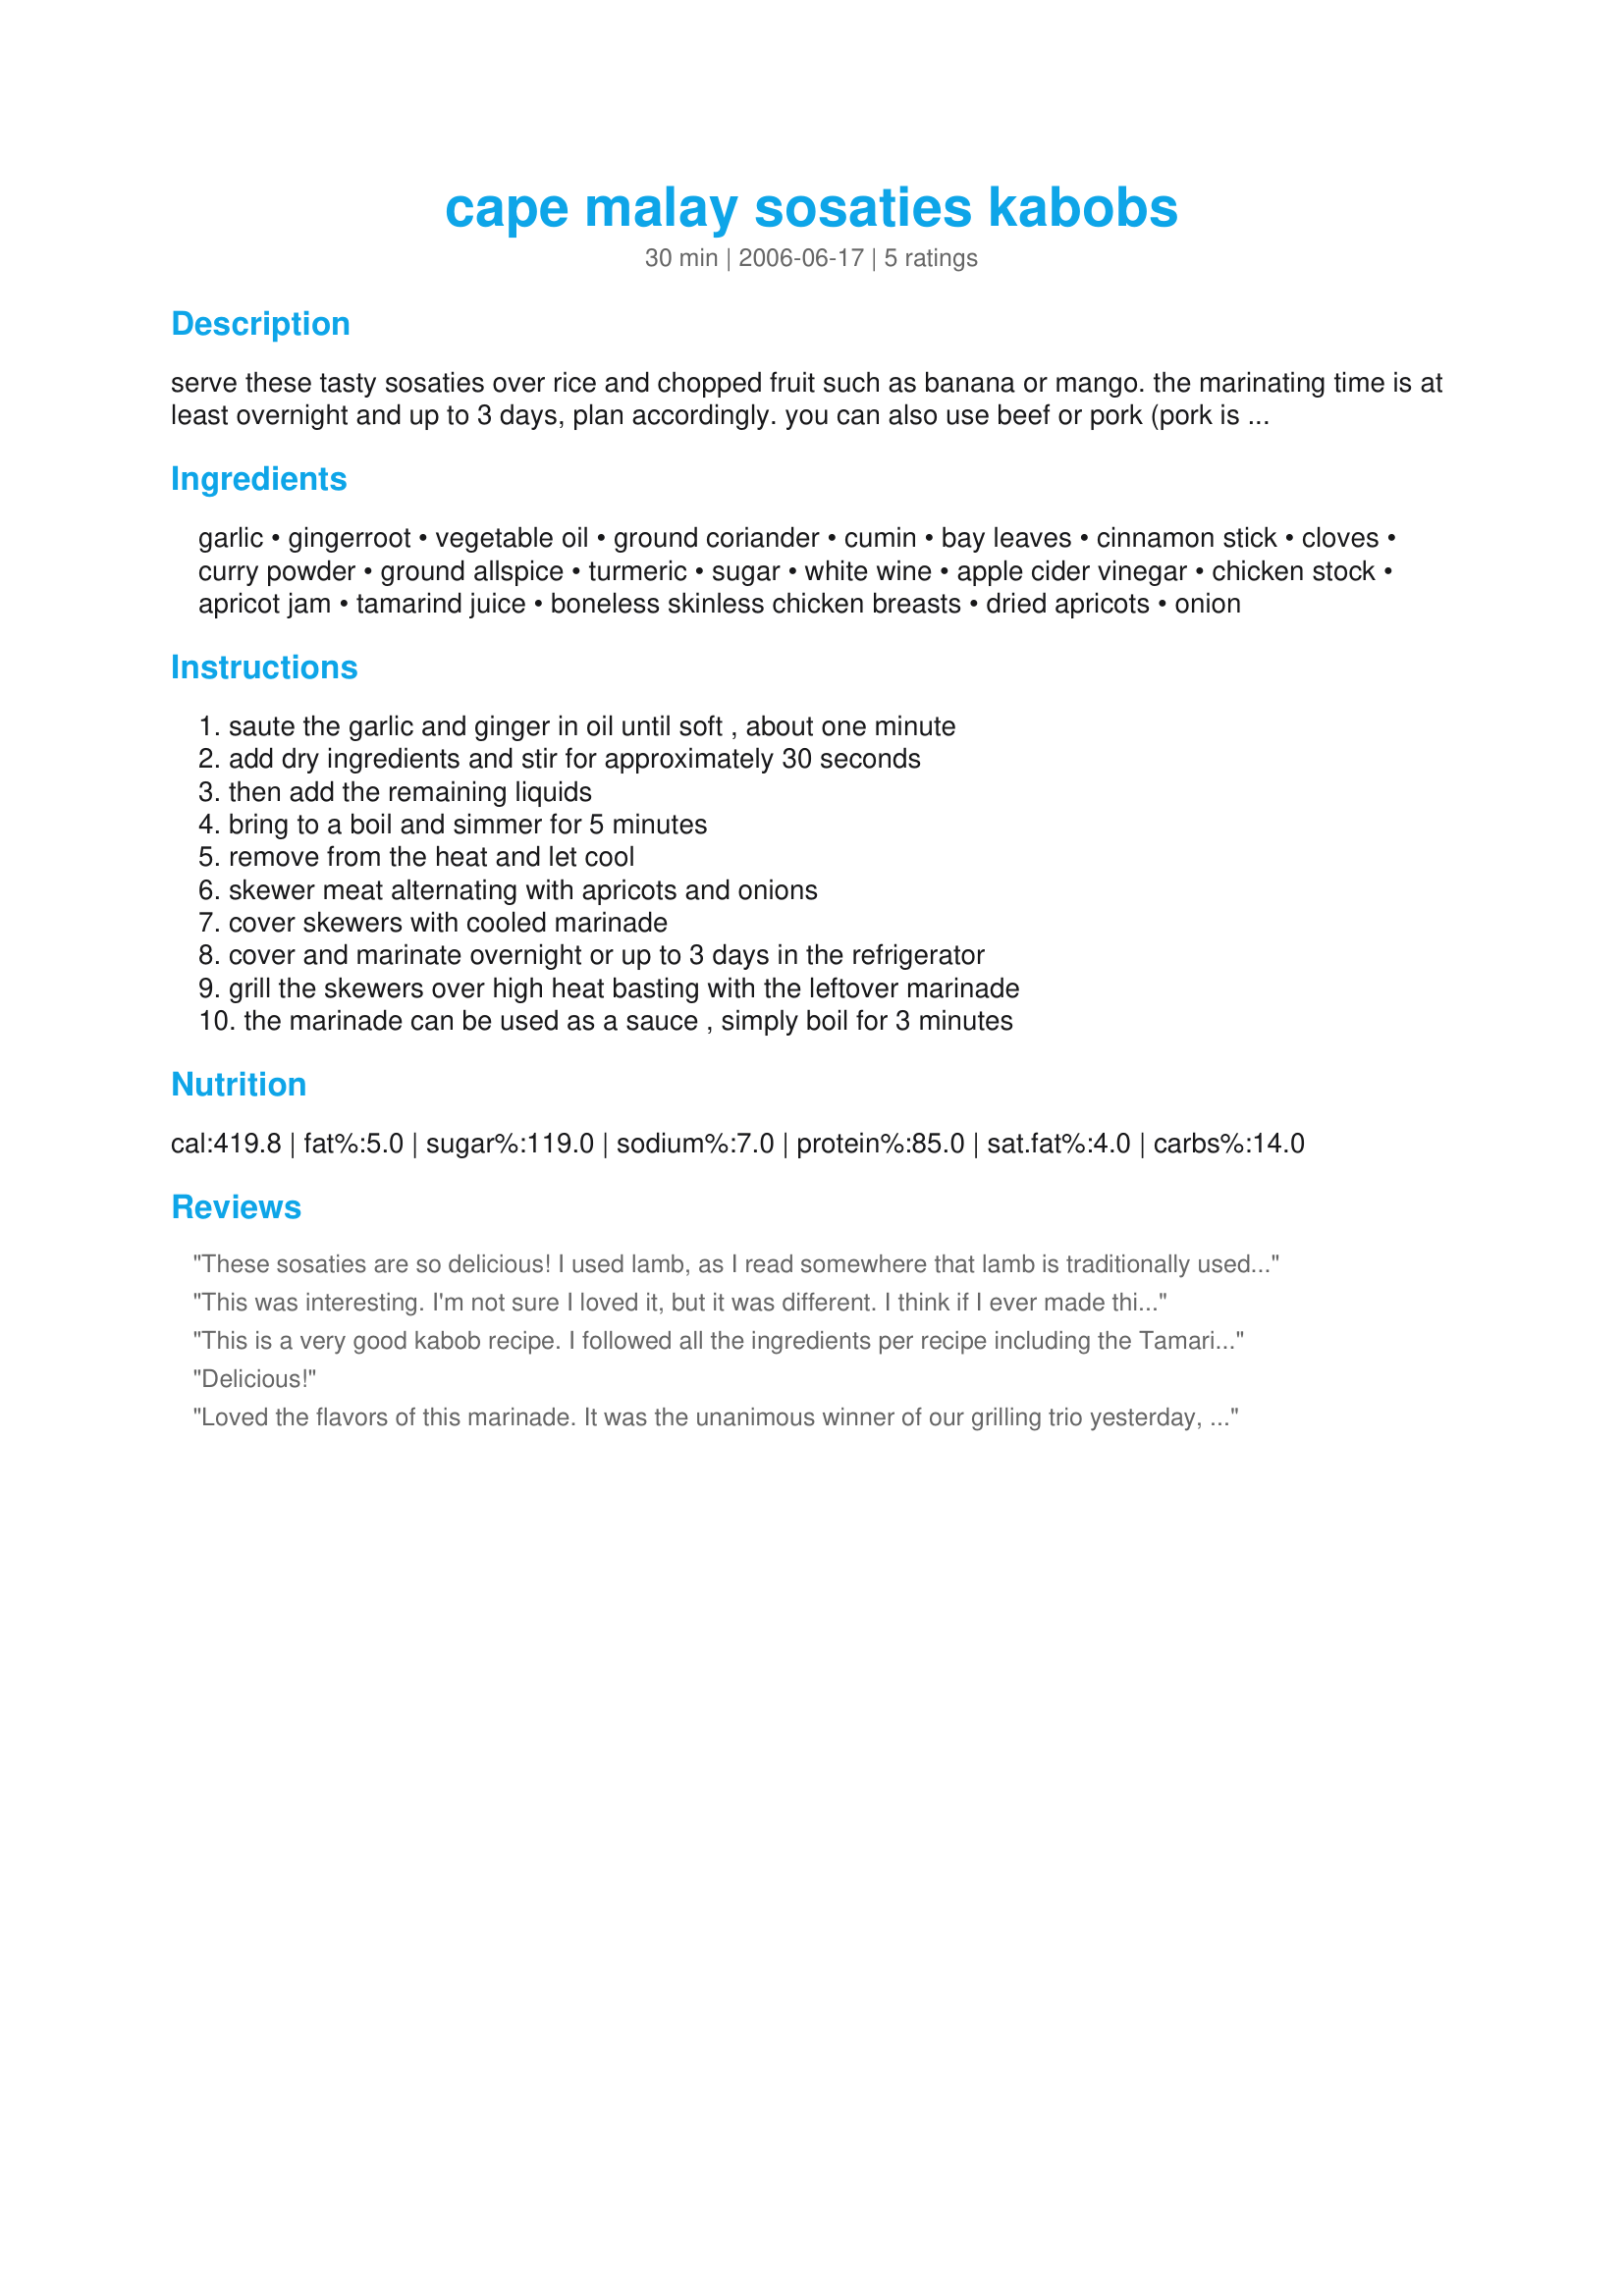
cape malay sosaties kabobs
Preparation time: 30 minutes

serve these tasty sosaties over rice and chopped fruit such as banana or mango. the marinating time is at least overnight and up to 3 days, plan accordingly. you can also use beef or pork (pork is totally non-traditional) for this recipe. you can use the lemon water as a substitute, however tamarind is traditionally used in this recipe to add a sour note to balance the sweet flavour. the easiest way to buy tamarind is in cans (goya) in the mexican food section. but it is also sold in packets as a pulp, it looks like pulped dates. you will not be using the pulp, but water made from the pulp. soak about 100 grams of pulp in water for 10-20 minutes. squeeze the tamarind pulp with your hand to squeeze out the sour juices. use the water and keep the pulp in the fridge to reuse. you can reuse the pulp several times until it loses it sourness.

Ingredients:
garlic, gingerroot, vegetable oil, ground coriander, cumin, bay leaves, cinnamon stick, cloves, curry powder, ground allspice, turmeric, sugar, white wine, apple cider vinegar, chicken stock, apricot jam, tamarind juice, boneless skinless chicken breasts, dried apricots, onion

Steps:
saute the garlic and ginger in oil until soft , about one minute, add dry ingredients and stir for approximately 30 seconds, then add the remaining liquids, bring to a boil and simmer for 5 minutes, remove from the heat and let cool, skewer meat alternating with apricots and onions, cover skewers with cooled marinade, cover and marinate overnight or up to 3 days in the refrigerator, grill the skewers over high heat basting with the leftover marinade, the marinade can be used as a sauce , simply boil for 3 minutes

Reviews:
These sosaties are so delicious! I used lamb, as I read somewhere that lamb is traditionally used. I had tamarind concentrate at home, which I thinned with a little bit of water (I was afraid it may be too sour otherwise). I marinated them in the morning and we barbecued them in the evening. So yummy! I don't even like lamb, but I certainly enjoyed these South African Kabobs! Thank you ncmysteryshopper for a keeper!
This was interesting. I'm not sure I loved it, but it was different. I think if I ever made this again, I would use fresh apricots. It was an experience though. Made for ZWT 4.
This is a very good kabob recipe. I followed all the ingredients per recipe including the Tamarind juice(I did find it in the Hispanic Food Section). This has a very wonderful smell when cooking. Made for ZWT4.
Delicious!
Loved the flavors of this marinade. It was the unanimous winner of our grilling trio yesterday, and worth the little extra effort to gather ingredients and cook the marinade. If you're a kabobber, make the committment to trying this one! Made for Daffy Daffodils Curry Challenge ZWT4.
